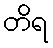
တိရ